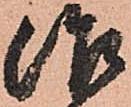
治